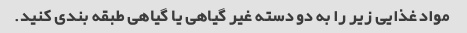
مواد غذایی زیر را به دو دسته غیر گیاهی یا گیاهی طبقه بندی کنید.